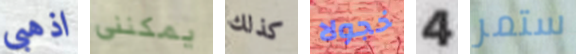
اذهبى يمكنني كذلك خجولا 4 ستمر